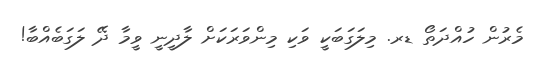
މެރުން ހުއްދަތޯ ޑރ. މިލަގަބަކީ ވަކި މިންވަރަކަށް ލާދީނީ ވީމާ ދޭ ލަގަބެއްބާ!